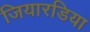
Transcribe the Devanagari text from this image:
जियारडिया